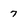
Character: 7